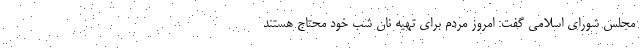
مجلس شورای اسلامی گفت: امروز مردم برای تهیه نان شب خود محتاج هستند